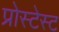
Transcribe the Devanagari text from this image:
प्रोस्टेस्ट